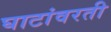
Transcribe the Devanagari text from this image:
घाटांवरती